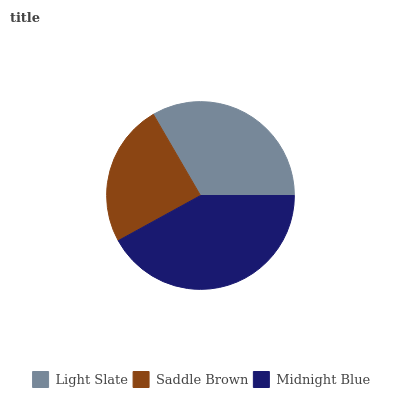
| Light Slate | Saddle Brown | Midnight Blue |
 | --- | --- | --- |
 | 33.4% | 24.6% | 42% |